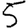
Digit: 5